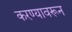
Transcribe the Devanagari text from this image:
करण्यावरून